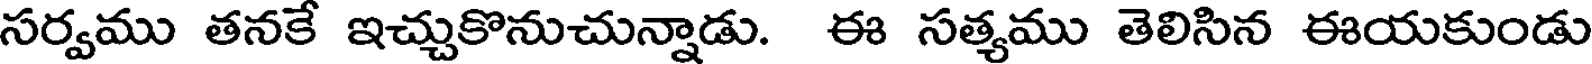
సర్వము తనకే ఇచ్చుకొనుచున్నాడు. ఈ సత్యము తెలిసిన ఈయకుండు